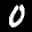
Digit: 0